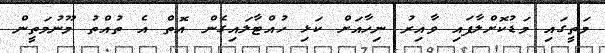
މަތީގައި މަޑުކޮށްލާފައި ވާއިރު ނިހާއަށް ކަޅި ހުއްޓާލައިގެން އޮތް އެ ތުއްތު މޫނުމަތީން